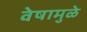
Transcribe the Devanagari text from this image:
वेषामुळे